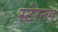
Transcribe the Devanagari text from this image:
स्टेरनम